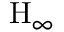
\mathrm { H } _ { \infty }